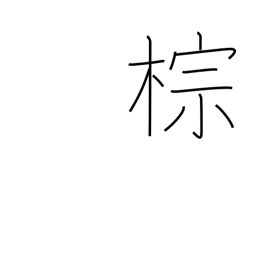
Meaning: hemp palm